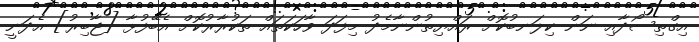
އިގްތިސޯދާއި ނަން ކިލަނބުކޮށް ރައްޔިތުންނާމެދު މިފަދަ ވާހަކަތައް ތަކުރާރުކޮށް އެބޭފުޅާ [ޖާބިރު] އެދަނީ